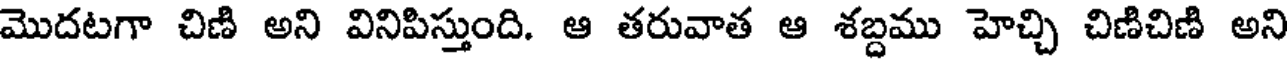
మొదటగా చిణి అని వినిపిస్తుంది. ఆ తరువాత ఆ శబ్దము హెచ్చి చిణిచిణి అని